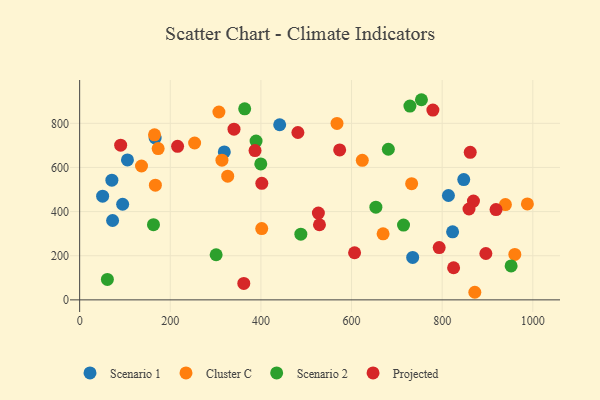
{"axis": {"x": "Investment", "y": "Exam Score"}, "legend": ["Cluster C", "Projected", "Scenario 1", "Scenario 2"], "data": [{"x": "441.4", "y": 793.4, "type": "Scenario 1"}, {"x": "50.7", "y": 470.0, "type": "Scenario 1"}, {"x": "813.8", "y": 473.0, "type": "Scenario 1"}, {"x": "734.9", "y": 192.4, "type": "Scenario 1"}, {"x": "72.7", "y": 359.6, "type": "Scenario 1"}, {"x": "847.6", "y": 545.1, "type": "Scenario 1"}, {"x": "166.6", "y": 733.5, "type": "Scenario 1"}, {"x": "823.0", "y": 308.2, "type": "Scenario 1"}, {"x": "71.1", "y": 542.2, "type": "Scenario 1"}, {"x": "319.2", "y": 670.4, "type": "Scenario 1"}, {"x": "94.9", "y": 433.3, "type": "Scenario 1"}, {"x": "105.5", "y": 634.1, "type": "Scenario 1"}, {"x": "960.3", "y": 206.1, "type": "Cluster C"}, {"x": "136.5", "y": 606.5, "type": "Cluster C"}, {"x": "939.5", "y": 431.8, "type": "Cluster C"}, {"x": "669.6", "y": 299.3, "type": "Cluster C"}, {"x": "173.2", "y": 685.7, "type": "Cluster C"}, {"x": "988.0", "y": 434.7, "type": "Cluster C"}, {"x": "165.2", "y": 748.0, "type": "Cluster C"}, {"x": "314.0", "y": 633.0, "type": "Cluster C"}, {"x": "326.7", "y": 560.6, "type": "Cluster C"}, {"x": "167.1", "y": 519.7, "type": "Cluster C"}, {"x": "732.6", "y": 526.4, "type": "Cluster C"}, {"x": "623.7", "y": 632.1, "type": "Cluster C"}, {"x": "307.3", "y": 851.2, "type": "Cluster C"}, {"x": "401.8", "y": 323.1, "type": "Cluster C"}, {"x": "567.9", "y": 799.6, "type": "Cluster C"}, {"x": "253.7", "y": 710.7, "type": "Cluster C"}, {"x": "872.0", "y": 34.4, "type": "Cluster C"}, {"x": "714.7", "y": 339.0, "type": "Scenario 2"}, {"x": "389.3", "y": 719.5, "type": "Scenario 2"}, {"x": "162.9", "y": 340.6, "type": "Scenario 2"}, {"x": "754.2", "y": 906.9, "type": "Scenario 2"}, {"x": "364.2", "y": 865.5, "type": "Scenario 2"}, {"x": "61.2", "y": 92.6, "type": "Scenario 2"}, {"x": "681.2", "y": 682.6, "type": "Scenario 2"}, {"x": "653.7", "y": 420.1, "type": "Scenario 2"}, {"x": "399.7", "y": 615.9, "type": "Scenario 2"}, {"x": "301.2", "y": 204.5, "type": "Scenario 2"}, {"x": "488.1", "y": 297.8, "type": "Scenario 2"}, {"x": "952.1", "y": 153.8, "type": "Scenario 2"}, {"x": "728.8", "y": 877.9, "type": "Scenario 2"}, {"x": "340.6", "y": 773.6, "type": "Projected"}, {"x": "529.2", "y": 340.3, "type": "Projected"}, {"x": "216.1", "y": 695.8, "type": "Projected"}, {"x": "896.4", "y": 210.1, "type": "Projected"}, {"x": "779.5", "y": 860.0, "type": "Projected"}, {"x": "90.5", "y": 701.0, "type": "Projected"}, {"x": "606.7", "y": 213.6, "type": "Projected"}, {"x": "387.0", "y": 676.7, "type": "Projected"}, {"x": "918.8", "y": 409.1, "type": "Projected"}, {"x": "825.2", "y": 145.6, "type": "Projected"}, {"x": "573.8", "y": 679.3, "type": "Projected"}, {"x": "362.2", "y": 74.3, "type": "Projected"}, {"x": "861.9", "y": 668.4, "type": "Projected"}, {"x": "481.6", "y": 758.5, "type": "Projected"}, {"x": "869.0", "y": 447.7, "type": "Projected"}, {"x": "859.2", "y": 411.8, "type": "Projected"}, {"x": "402.0", "y": 528.0, "type": "Projected"}, {"x": "526.8", "y": 393.5, "type": "Projected"}, {"x": "793.4", "y": 237.1, "type": "Projected"}]}